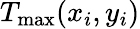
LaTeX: T_{\mathrm{max}}(x_{i},y_{i})